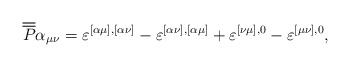
\begin{align*}\overline{\overline{P}}\alpha_{\mu\nu}=\varepsilon^{[\alpha\mu],[\alpha\nu]}-\varepsilon^{[\alpha\nu],[\alpha\mu]}+\varepsilon^{[\nu\mu],0}-\varepsilon^{[\mu\nu],0},\end{align*}